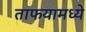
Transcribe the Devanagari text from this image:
ताफयामध्ये